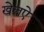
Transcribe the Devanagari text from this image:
खेलऐ